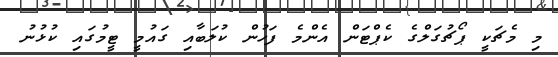
މި މެޗަކީ ޕޯޗުގަލްގެ ކެޕްޓަން އެންމެ ފަހުން ކުލަބާއި ގައުމީ ޓީމުގައި ކުޅުނު